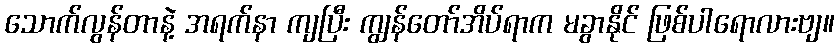
သောက်လွန်တာနဲ့ အရက်နာ ကျပြီး ကျွန်တော်အိပ်ရာက မခွာနိုင် ဖြစ်ပါရောလားဗျ။